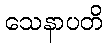
သေနာပတိ